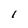
Character: l